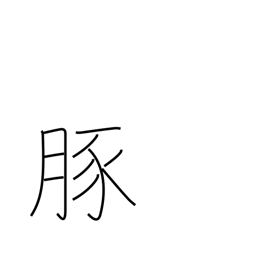
Meaning: pork